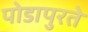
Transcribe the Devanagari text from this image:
पोडापुरते